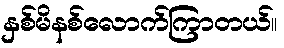
နှစ်မိနစ်လောက်ကြာတယ်။